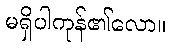
မရှိပါကုန်၏လော။